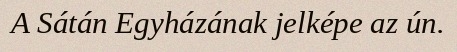
A Sátán Egyházának jelképe az ún.